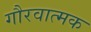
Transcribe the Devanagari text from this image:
गौरवात्मक